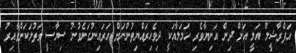
އަފްރާޝީމް އަލީ އަށް ދިން އަނިޔާވެރި ހަމަލާއަކީ ދިވެހިރައްޔިތުންނަށް އަރައިނުގަނެވުނު ސިޔާސީ ގަތުލަކަށްވާއިރު